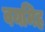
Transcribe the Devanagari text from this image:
वयमिह